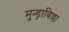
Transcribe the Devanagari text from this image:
मुन्ड्राबिल्ला